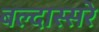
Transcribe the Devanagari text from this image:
बल्दास्सरे